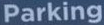
Parking